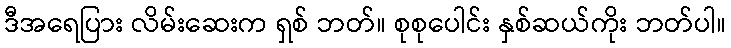
ဒီအရေပြား လိမ်းဆေးက ရှစ် ဘတ်။ စုစုပေါင်း နှစ်ဆယ်ကိုး ဘတ်ပါ။